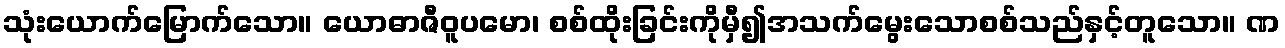
သုံးယောက်မြောက်သော။ ယောဓာဇီဝူပမော၊ စစ်ထိုးခြင်းကိုမှီ၍အသက်မွေးသောစစ်သည်နှင့်တူသော။ ဏ